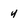
Character: 4